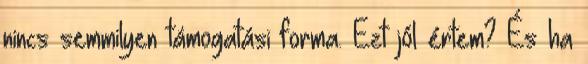
nincs semmilyen támogatási forma. Ezt jól értem? És ha